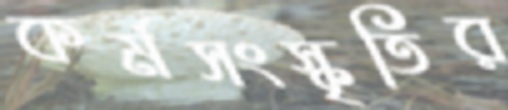
কর্মসংস্কৃতির